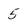
Character: 5